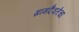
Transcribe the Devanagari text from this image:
ग्रामदैवतेचा